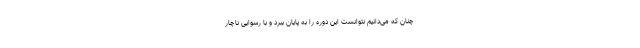
چنان که می‌دانیم نتوانست این دوره را به پایان ببرد و با رسوایی ناچار